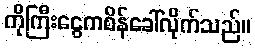
ကိုကြီးငွေကစိန်ခေါ်လိုက်သည်။